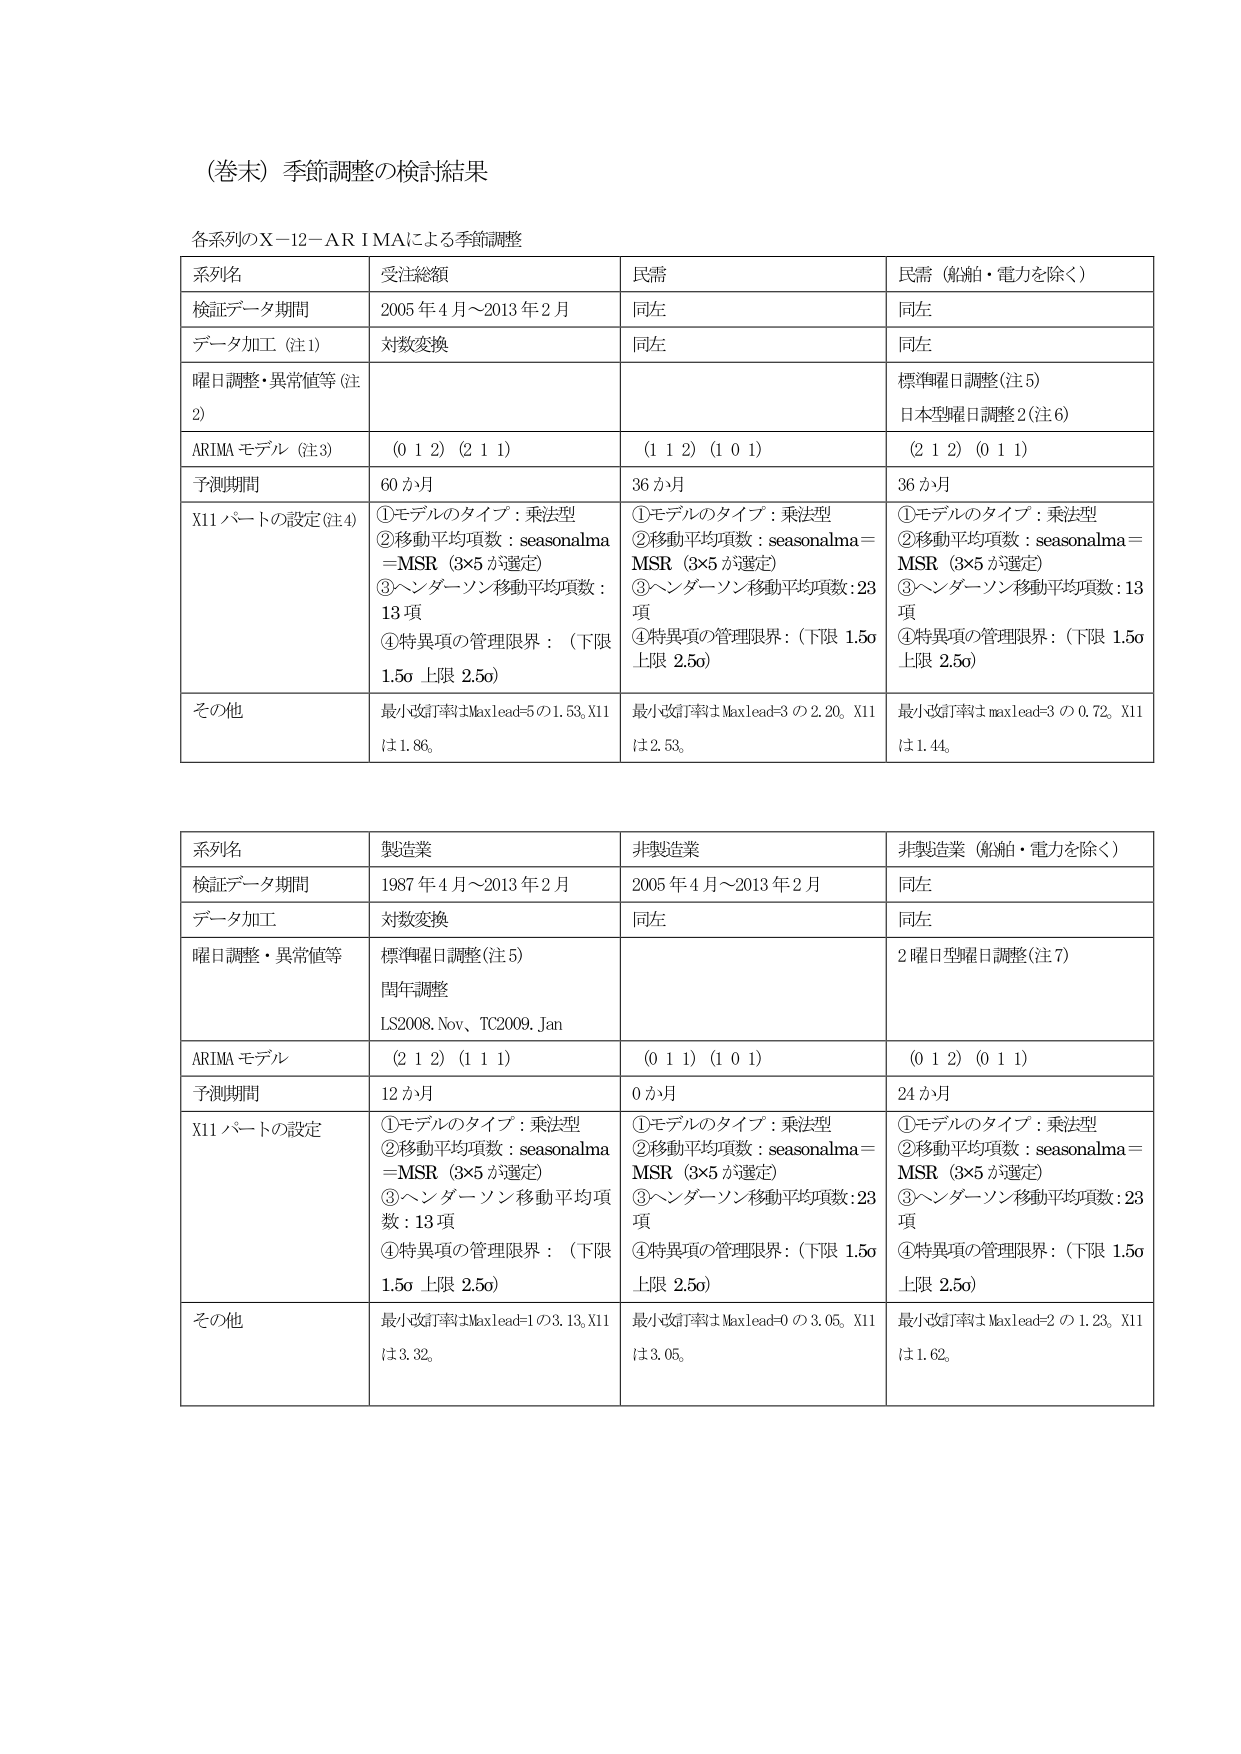
（巻末）季節調整の検討結果

各系列のX－12－ARIMAによる季節調整

| 系列名 | 受注総額 | 民需 | 民需（船舶・電力を除く） |
|--------|----------|------|--------------------------|
| 検証データ期間 | 2005年4月～2013年2月 | 同左 | 同左 |
| データ加工（注1） | 対数変換 | 同左 | 同左 |
| 曜日調整・異常値等（注2） | | | 標準曜日調整（注5）<br>日本型曜日調整2（注6） |
| ARIMAモデル（注3） | (0 1 2) (2 1 1) | (1 1 2) (1 0 1) | (2 1 2) (0 1 1) |
| 予測期間 | 60か月 | 36か月 | 36か月 |
| X11パートの設定（注4） | ①モデルのタイプ：乗法型<br>②移動平均項数：seasonalma＝MSR（3×5が選定）<br>③ヘンダーソン移動平均項数：13項<br>④特異項の管理限界：（下限1.50 上限2.50） | ①モデルのタイプ：乗法型<br>②移動平均項数：seasonalma＝MSR（3×5が選定）<br>③ヘンダーソン移動平均項数：23項<br>④特異項の管理限界：（下限1.50 上限2.50） | ①モデルのタイプ：乗法型<br>②移動平均項数：seasonalma＝MSR（3×5が選定）<br>③ヘンダーソン移動平均項数：13項<br>④特異項の管理限界：（下限1.50 上限2.50） |
| その他 | 最小改訂率はMaxlead=5の1.53、X11は1.86。 | 最小改訂率はMaxlead=3の2.20、X11は2.53。 | 最小改訂率はmaxlead=3の0.72、X11は1.44。 |

| 系列名 | 製造業 | 非製造業 | 非製造業（船舶・電力を除く） |
|--------|--------|----------|--------------------------|
| 検証データ期間 | 1987年4月～2013年2月 | 2005年4月～2013年2月 | 同左 |
| データ加工 | 対数変換 | 同左 | 同左 |
| 曜日調整・異常値等 | 標準曜日調整（注5）<br>閏年調整<br>LS2008.Nov、TC2009.Jan | | 2曜日型曜日調整（注7） |
| ARIMAモデル | (2 1 2) (1 1 1) | (0 1 1) (1 0 1) | (0 1 2) (0 1 1) |
| 予測期間 | 12か月 | 0か月 | 24か月 |
| X11パートの設定 | ①モデルのタイプ：乗法型<br>②移動平均項数：seasonalma＝MSR（3×5が選定）<br>③ヘンダーソン移動平均項数：13項<br>④特異項の管理限界：（下限1.50 上限2.50） | ①モデルのタイプ：乗法型<br>②移動平均項数：seasonalma＝MSR（3×5が選定）<br>③ヘンダーソン移動平均項数：23項<br>④特異項の管理限界：（下限1.50 上限2.50） | ①モデルのタイプ：乗法型<br>②移動平均項数：seasonalma＝MSR（3×5が選定）<br>③ヘンダーソン移動平均項数：23項<br>④特異項の管理限界：（下限1.50 上限2.50） |
| その他 | 最小改訂率はMaxlead=1の3.13、X11は3.32。 | 最小改訂率はMaxlead=0の3.05、X11は3.05。 | 最小改訂率はMaxlead=2の1.23、X11は1.62。 |